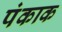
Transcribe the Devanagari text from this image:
पंकाक